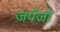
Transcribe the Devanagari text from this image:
ज़र्पजो